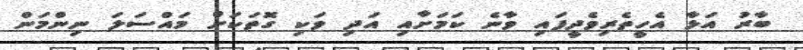
ބާރު އަޅާ އެހީތެރިވެދީފައި ވާނެ ކަމަށާއި އަދި ވަކި ގޮތަަކަށް މައްސަލަ ނިންމަން